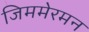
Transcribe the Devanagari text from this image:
जिममेरमन